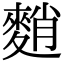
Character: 𪌯